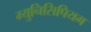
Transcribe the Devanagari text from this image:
म्युनिसिपियम